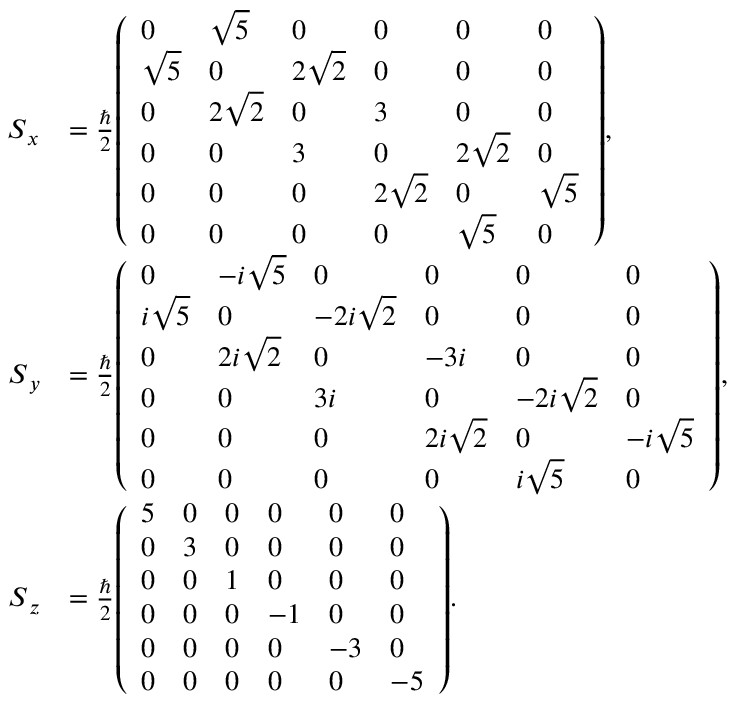
{ \begin{array} { r l } { { \boldsymbol { S } } _ { x } } & { = { \frac { \hbar } { 2 } } { \left( \begin{array} { l l l l l l } { 0 } & { { \sqrt { 5 } } } & { 0 } & { 0 } & { 0 } & { 0 } \\ { { \sqrt { 5 } } } & { 0 } & { 2 { \sqrt { 2 } } } & { 0 } & { 0 } & { 0 } \\ { 0 } & { 2 { \sqrt { 2 } } } & { 0 } & { 3 } & { 0 } & { 0 } \\ { 0 } & { 0 } & { 3 } & { 0 } & { 2 { \sqrt { 2 } } } & { 0 } \\ { 0 } & { 0 } & { 0 } & { 2 { \sqrt { 2 } } } & { 0 } & { { \sqrt { 5 } } } \\ { 0 } & { 0 } & { 0 } & { 0 } & { { \sqrt { 5 } } } & { 0 } \end{array} \right) } , } \\ { { \boldsymbol { S } } _ { y } } & { = { \frac { \hbar } { 2 } } { \left( \begin{array} { l l l l l l } { 0 } & { - i { \sqrt { 5 } } } & { 0 } & { 0 } & { 0 } & { 0 } \\ { i { \sqrt { 5 } } } & { 0 } & { - 2 i { \sqrt { 2 } } } & { 0 } & { 0 } & { 0 } \\ { 0 } & { 2 i { \sqrt { 2 } } } & { 0 } & { - 3 i } & { 0 } & { 0 } \\ { 0 } & { 0 } & { 3 i } & { 0 } & { - 2 i { \sqrt { 2 } } } & { 0 } \\ { 0 } & { 0 } & { 0 } & { 2 i { \sqrt { 2 } } } & { 0 } & { - i { \sqrt { 5 } } } \\ { 0 } & { 0 } & { 0 } & { 0 } & { i { \sqrt { 5 } } } & { 0 } \end{array} \right) } , } \\ { { \boldsymbol { S } } _ { z } } & { = { \frac { \hbar } { 2 } } { \left( \begin{array} { l l l l l l } { 5 } & { 0 } & { 0 } & { 0 } & { 0 } & { 0 } \\ { 0 } & { 3 } & { 0 } & { 0 } & { 0 } & { 0 } \\ { 0 } & { 0 } & { 1 } & { 0 } & { 0 } & { 0 } \\ { 0 } & { 0 } & { 0 } & { - 1 } & { 0 } & { 0 } \\ { 0 } & { 0 } & { 0 } & { 0 } & { - 3 } & { 0 } \\ { 0 } & { 0 } & { 0 } & { 0 } & { 0 } & { - 5 } \end{array} \right) } . } \end{array} }